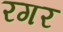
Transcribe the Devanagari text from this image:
रगर